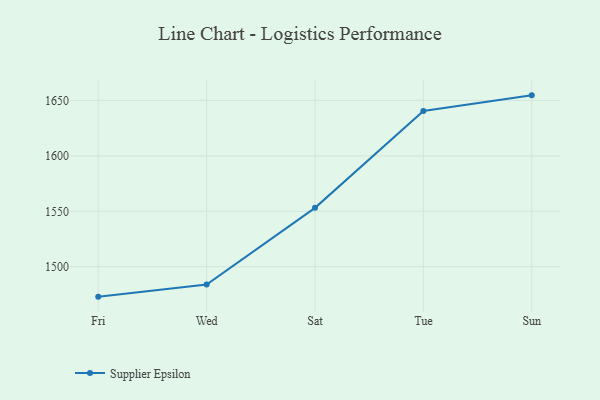
{"axis": {"x": "Day", "y": "Headcount"}, "legend": ["Supplier Epsilon"], "data": [{"x": "Fri", "y": 1473.0, "type": "Supplier Epsilon"}, {"x": "Wed", "y": 1484.0, "type": "Supplier Epsilon"}, {"x": "Sat", "y": 1553.1, "type": "Supplier Epsilon"}, {"x": "Tue", "y": 1640.5, "type": "Supplier Epsilon"}, {"x": "Sun", "y": 1654.6, "type": "Supplier Epsilon"}]}